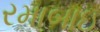
રમાબાઇ